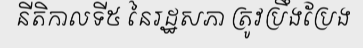
នីតិកាលទី៥ នៃរដ្ឋសភា ត្រូវប្រឹងប្រែង